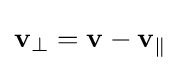
\mathbf {v} _{\perp }=\mathbf {v} -\mathbf {v} _{\|}